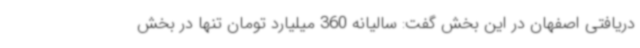
دریافتی اصفهان در این بخش گفت: سالیانه 360 میلیارد تومان تنها در بخش